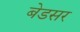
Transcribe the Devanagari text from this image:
बेडसर